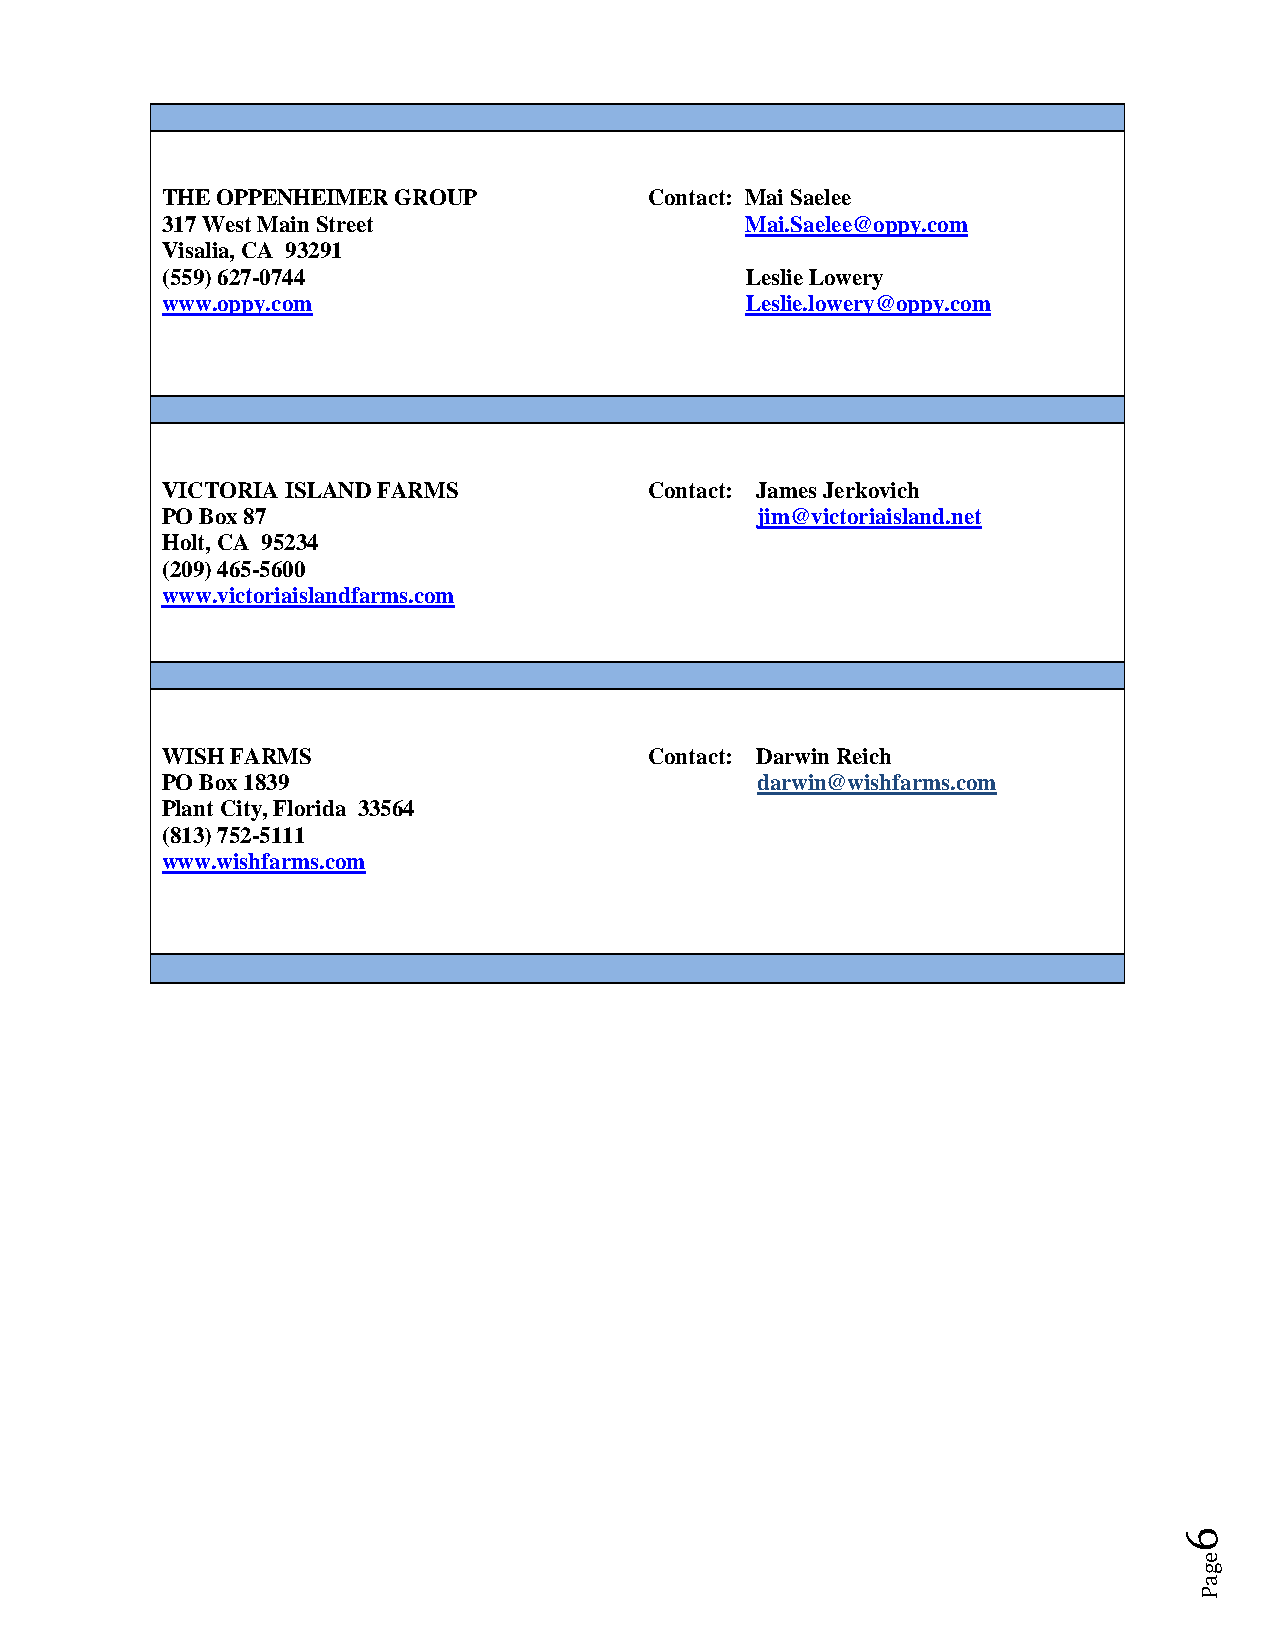
THE OPPENHEIMER GROUP           Contact: Mai Saelee
 317 West Main Street                  Mai.Saelee@oppy.com
 Visalia, CA 93291
 (559) 627-0744                        Leslie Lowery
 www.oppy.com                          Leslie.lowery@oppy.com
 VICTORIA ISLAND FARMS           Contact: James Jerkovich
 PO Box 87                              jim@victoriaisland.net
 Holt, CA 95234
 (209) 465-5600
 www.victoriaislandfarms.com
 WISH FARMS                      Contact: Darwin Reich
 PO Box 1839                            darwin@wishfarms.com
 Plant City, Florida 33564
 (813) 752-5111
 www.wishfarms.com
 6
 e
 g
 a
 P